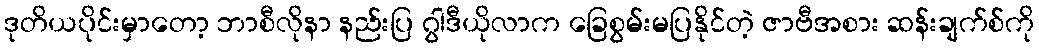
ဒုတိယပိုင်းမှာတော့ ဘာစီလိုနာ နည်းပြ ဂွါဒီယိုလာက ခြေစွမ်းမပြနိုင်တဲ့ ဇာဗီအစား ဆန်းချက်စ်ကို